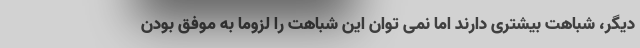
دیگر، شباهت بیشتری دارند اما نمی توان این شباهت را لزوما به موفق بودن